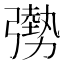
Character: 𫸾